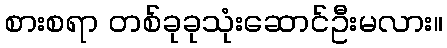
စားစရာ တစ်ခုခုသုံးဆောင်ဦးမလား။